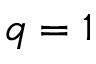
q = 1